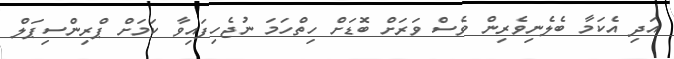
އަދި އެކަމާ ބެލެނިވެރިން ވެސް ވަރަށް ބޮޑަށް ހިތްހަމަ ނުޖެހިފައިވާ ކަމަށް ޕްރިންސިޕަލް